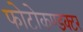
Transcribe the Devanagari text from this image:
फोटोकण्डक्टर